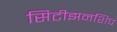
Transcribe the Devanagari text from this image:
सिटीझनशिप